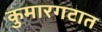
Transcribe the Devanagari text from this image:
कुमारगटात